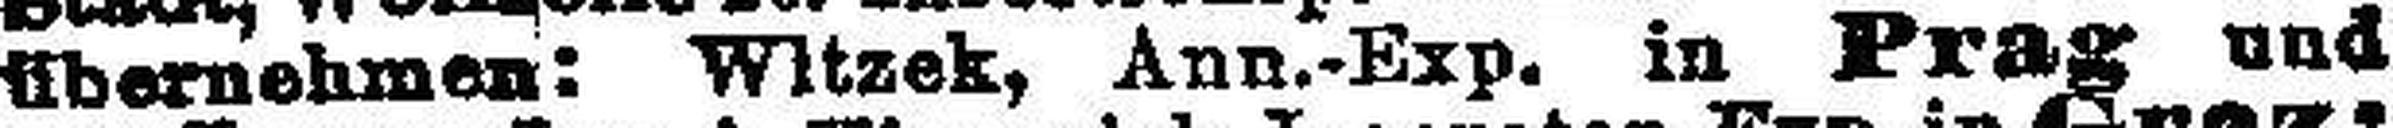
übernehmen: Wttzek, Ann.-Exp. in Prag und